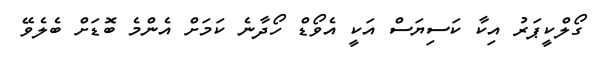
ގޯލްކީޕަރު އިކާ ކަސިޔަސް އަކީ އެވޯޑް ހޯދާނެ ކަމަށް އެންމެ ބޮޑަށް ބެލެވޭ